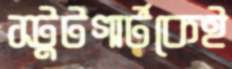
স্টুটগার্টকেই